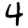
Digit: 4